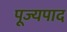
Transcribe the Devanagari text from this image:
पूज्‍यपाद